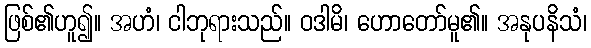
ဖြစ်၏ဟူ၍။ အဟံ၊ ငါဘုရားသည်။ ဝဒါမိ၊ ဟောတော်မူ၏။ အနုပနိသံ၊